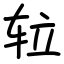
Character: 䢂